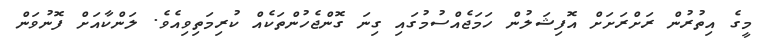
މީގެ އިތުރުން ރަށްރަށަށް އޮފިޝަލުން ހަމަޖެއްސުމުގައި ގިނަ ގޮންޖެހުންތަކެއް ކުރިމަތިވިއެވެ. ލަންކާއަށް ފޮނުވަން